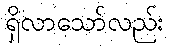
ရှိလာသော်လည်း